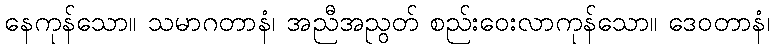
နေကုန်သော။ သမာဂတာနံ၊ အညီအညွတ် စည်းဝေးလာကုန်သော။ ဒေဝတာနံ၊